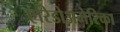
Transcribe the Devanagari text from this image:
एरिडोअमेरिका